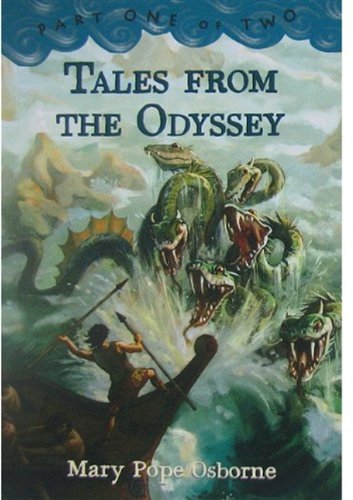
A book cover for Tales from the Odyssey, Part 1; Mary Pope Osborne; Children's Books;